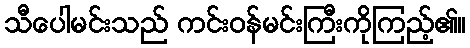
သီပေါမင်းသည် ကင်းဝန်မင်းကြီးကိုကြည့်၏။